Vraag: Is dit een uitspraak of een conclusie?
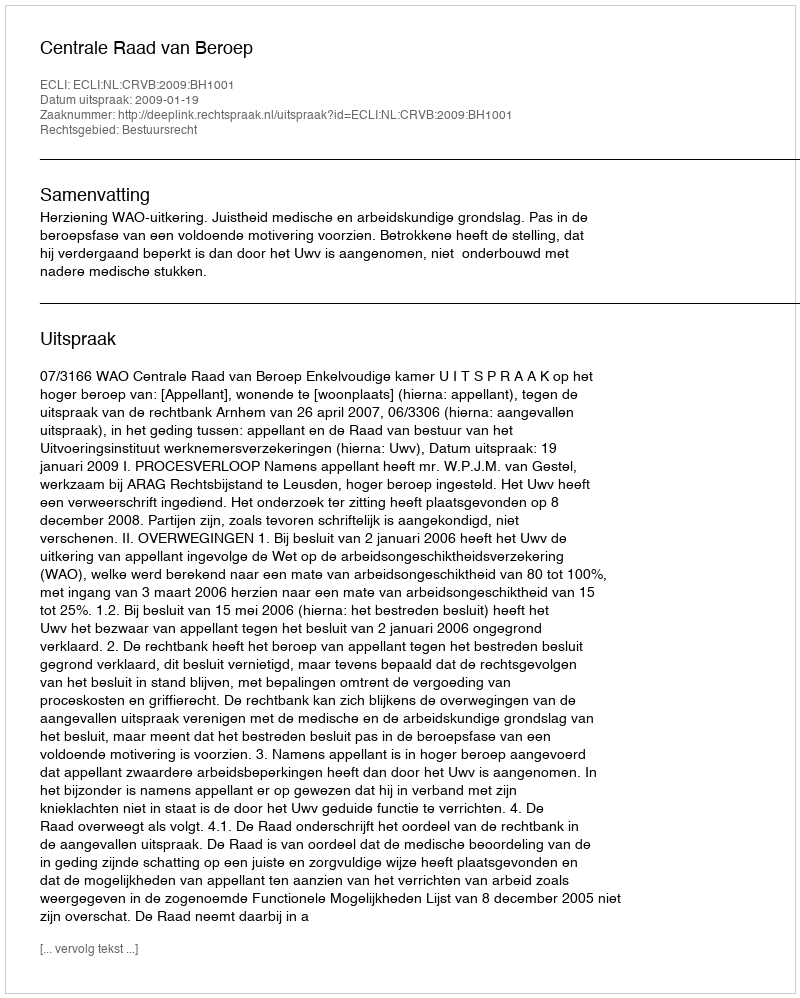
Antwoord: Uitspraak